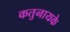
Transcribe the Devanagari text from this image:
कतुनायके